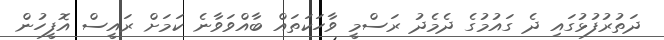
ދަތުރުފުޅުގައި ދެ ގައުމުގެ ދެމެދު ރަސްމީ ވާހަކަތައް ބާއްވަވާނެ ކަމަށް ރައީސް އޮފީހުން